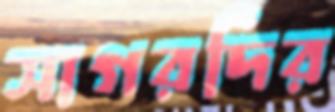
সাগরদির